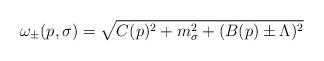
LaTeX: \begin{align*}\omega_\pm (p,\sigma ) =\sqrt{ C(p)^2+m^2_\sigma +(B(p)\pm\Lambda )^2}\end{align*}